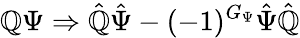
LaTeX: \mathbb{Q}\Psi\Rightarrow\hat{{\mathbb{Q}}}\hat{{\Psi}}-(-1)^{G_{\Psi}}\hat{{\Psi}}\hat{{\mathbb{Q}}}